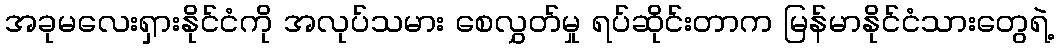
အခုမလေးရှားနိုင်ငံကို အလုပ်သမား စေလွှတ်မှု ရပ်ဆိုင်းတာက မြန်မာနိုင်ငံသားတွေရဲ့